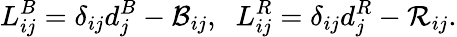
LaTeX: L_{ij}^{B}=\delta_{ij}d_{j}^{B}-{\cal B}_{ij},\; \; L_{ij}^{R}=\delta_{ij}d_{j}^{R}-{\cal R}_{ij}.